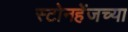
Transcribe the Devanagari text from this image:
स्टोनहेंजच्या